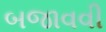
બજાવવી